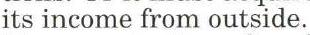
its income from outside.